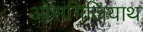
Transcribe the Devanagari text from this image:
ओसगिलियाथ